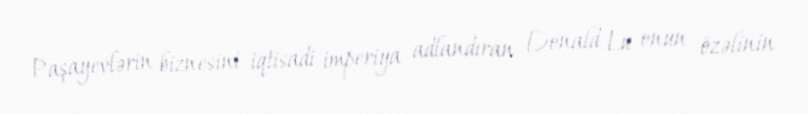
Paşayevlərin biznesini iqtisadi imperiya adlandıran Donald Lu onun özəlinin